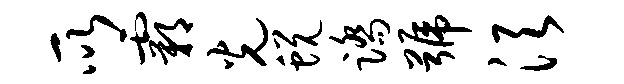
所霸光蜕踏号须